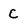
Character: C